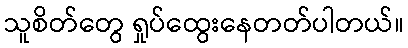
သူစိတ်တွေ ရှုပ်ထွေးနေတတ်ပါတယ်။